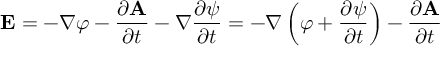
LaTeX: { \mathbf { E } } = - \nabla \varphi - { \frac { \partial { \mathbf { A } } } { \partial t } } - \nabla { \frac { \partial { \psi } } { \partial t } } = - \nabla \left( \varphi + { \frac { \partial { \psi } } { \partial t } } \right) - { \frac { \partial { \mathbf { A } } } { \partial t } }